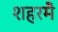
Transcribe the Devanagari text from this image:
शहरमेँ